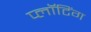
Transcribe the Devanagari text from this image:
प्लॉटिंग